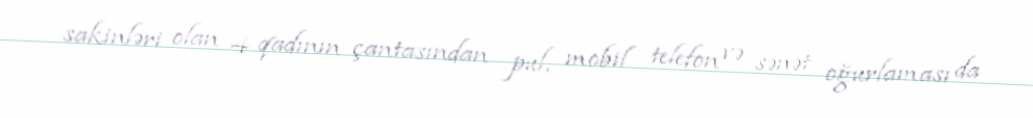
sakinləri olan 4 qadının çantasından pul, mobil telefon və sənət oğurlaması da